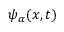
\psi _ { \alpha } ( x , t )